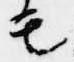
モ